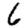
Digit: 6